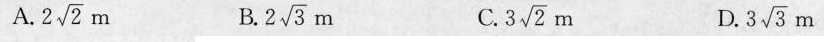
A. $$2 \sqrt{2}m$$ B. $$2 \sqrt{3}m$$ C. $$3 \sqrt{2}m$$ D. $$3 \sqrt{3}m$$